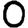
Digit: 0